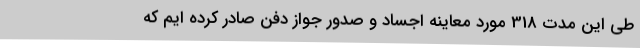
طی این مدت 318 مورد معاینه اجساد و صدور جواز دفن صادر کرده ایم که